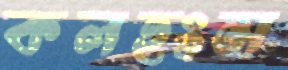
কলহংস